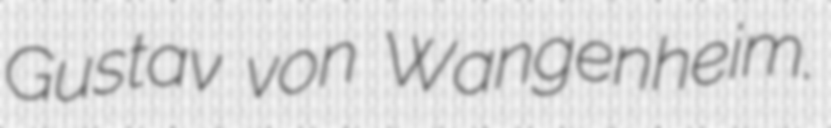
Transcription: Gustav von Wangenheim.